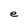
Character: e